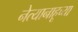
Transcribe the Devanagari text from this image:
नेत्यानाहूच्या